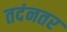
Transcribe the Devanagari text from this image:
तदंनतर